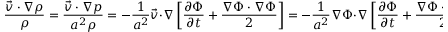
{ \frac { { \vec { v } } \cdot \nabla \rho } { \rho } } = { \frac { { \vec { v } } \cdot \nabla p } { a ^ { 2 } \rho } } = - { \frac { 1 } { a ^ { 2 } } } { \vec { v } } \cdot \nabla \left[ { \frac { \partial \Phi } { \partial t } } + { \frac { \nabla \Phi \cdot \nabla \Phi } { 2 } } \right] = - { \frac { 1 } { a ^ { 2 } } } \nabla \Phi \cdot \nabla \left[ { \frac { \partial \Phi } { \partial t } } + { \frac { \nabla \Phi \cdot \nabla \Phi } { 2 } } \right]